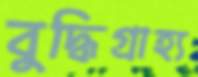
বুদ্ধিগ্রাহ্য